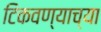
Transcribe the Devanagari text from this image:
टिकवण्याच्या